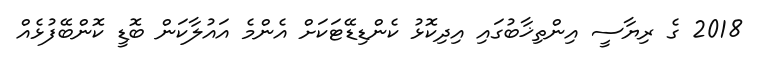
2018 ގެ ރިޔާސީ އިންތިޚާބުގައި އިދިކޮޅު ކެންޑިޑޭޓަކަށް އެންމެ އައުލާކަން ބޮޑީ ކޮންބޭފުޅެއް